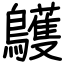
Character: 鸌